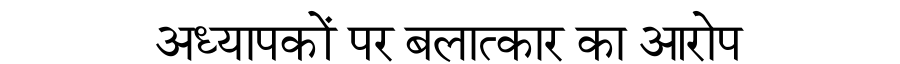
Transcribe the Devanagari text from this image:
अध्यापकों पर बलात्कार का आरोप